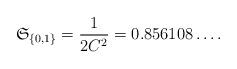
LaTeX: \begin{align*} \mathfrak{S}_{\{0,1\}} = \frac{1}{2C^2} = 0.856108\ldots.\end{align*}